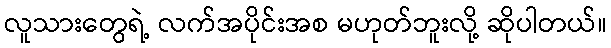
လူသားတွေရဲ့ လက်အပိုင်းအစ မဟုတ်ဘူးလို့ ဆိုပါတယ်။